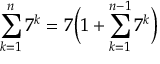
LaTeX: \sum _ { k = 1 } ^ { n } 7 ^ { k } = 7 { \bigg ( } 1 + \sum _ { k = 1 } ^ { n - 1 } 7 ^ { k } { \bigg ) }